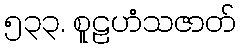
၅၃၃. စူဠဟံသဇာတ်